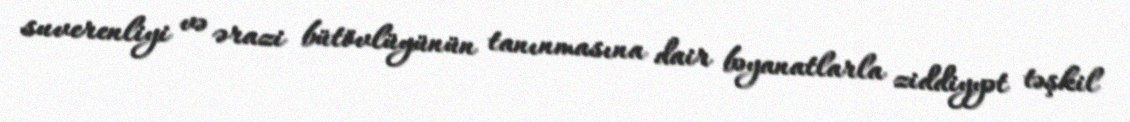
suverenliyi və ərazi bütövlüyünün tanınmasına dair bəyanatlarla ziddiyyət təşkil